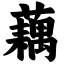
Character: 藕